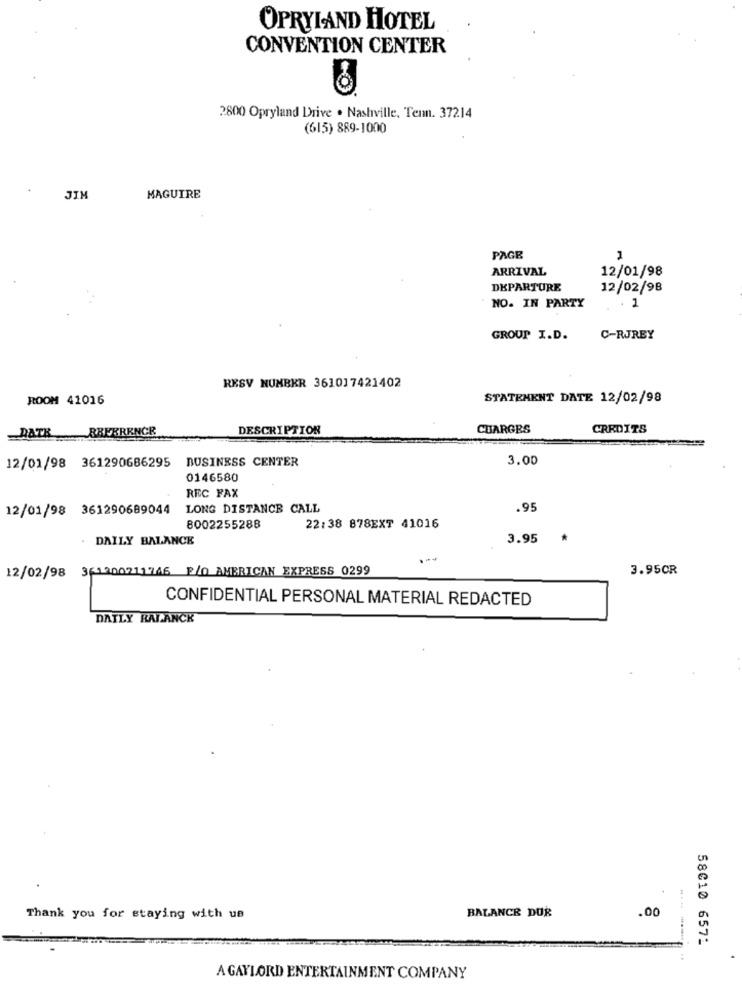
OPRYLAND HOTEL
CONVENTION CENTER
2800 Opryland Drive . Nashville, Temn. 37214
(615) 889-1000
JIM
MAGUIRE
PAGE
1
ARRIVAL
12/01/98
DEPARTURE
12/02/98
NO. IN PARTY
1
GROUP I.D.
C-RJREY
RKSV NUMBER 361017421402
ROOM 41016
STATEMENT DATE 12/02/98
DATK
BBEERENGR
DESCRIPTION
CHARGES
CREDITS
BUSINESS CENTER
3.00
12/01/98 361290686295
0146580
REC FAX
12/01/98 361290689044
LONG DISTANCE CALL
.95
8002255288
22:38 878EXT 41016
. DAILY BALANCE
3.95
1-4
12/02/98 361200211746 E/O AMERICAN EXPRESS 0299
3.95CR
CONFIDENTIAL PERSONAL MATERIAL REDACTED
DAILY KALANCK
BALANCE DOR
.00
Thank you for staying with us
58010 6571
A GAYLORD ENTERTAINMENT COMPANY